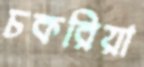
চকরিয়া